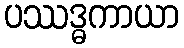
ပဿဒ္ဓကာယာ